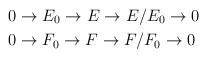
LaTeX: \begin{align*} &0\to E_0\to E\to E\slash E_0\to 0 \\ &0\to F_0\to F\to F\slash F_0\to 0 \end{align*}